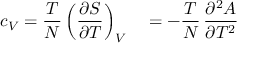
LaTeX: c _ { V } = { \frac { T } { N } } \left( { \frac { \partial S } { \partial T } } \right) _ { V } \quad = - { \frac { T } { N } } \, { \frac { \partial ^ { 2 } A } { \partial T ^ { 2 } } }